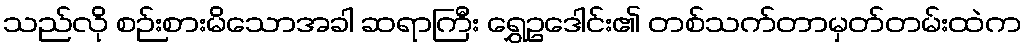
သည်လို စဉ်းစားမိသောအခါ ဆရာကြီး ရွှေဥဒေါင်း၏ တစ်သက်တာမှတ်တမ်းထဲက